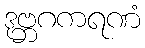
ဒုဗ္ဘဂကရဏံ